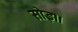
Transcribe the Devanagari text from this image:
सोइ।।